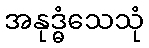
အနုဒ္ဓံသေသုံ